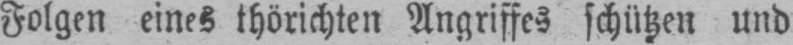
Folgen eines thörichten Angriffes schützen und